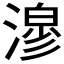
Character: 𭲇